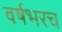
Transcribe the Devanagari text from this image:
वर्षभरच